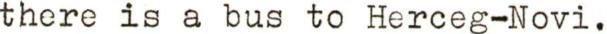
there is a bus to Herceg-Novi.